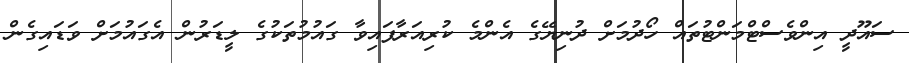
ސައޫދީ އިންވެސްޓްމަންޓުތައް ހޯދުމަށް ދުނިޔޭގެ އެންމެ ކުރިއަރާފައިވާ ގައުމުތަކުގެ ލީޑަރުން އެގައުމަށް ވަޑައިގެން